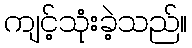
ကျင့်သုံးခဲ့သည်။